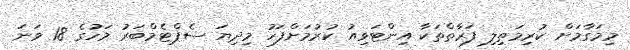
މިމަގާމަށް ކުރިމަތިލި ފަރާތްތަކާ އިންޓަވިއު ކުރުމަށްފަހު މިދިޔަ ސެޕްޓެމްބަރު މަހުގެ 18 ވަނަ